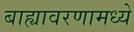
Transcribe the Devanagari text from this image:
बाह्यावरणामध्ये